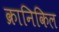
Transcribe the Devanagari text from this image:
क्रानिकिल